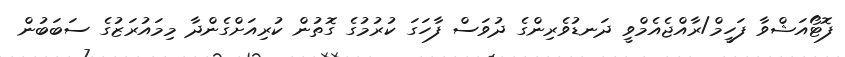
ފޮޓޯއަޝްވާ ފަހީމް/ރާއްޖެއެމްވީ ދަނޑުވެރިންގެ ދުވަސް ފާހަގަ ކުރުމުގެ ގޮތުން ކުރިއަށްގެންދާ މިމައުރަޒުގެ ސަބަބުން